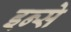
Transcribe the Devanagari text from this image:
इन्से